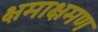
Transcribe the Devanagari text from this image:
क्षमाक्षमण